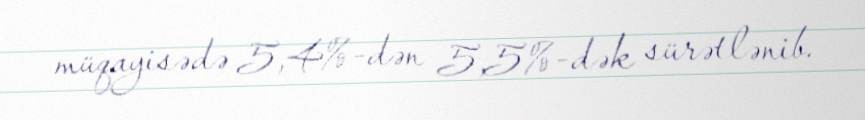
müqayisədə 5,4%-dən 5,5%-dək sürətlənib.